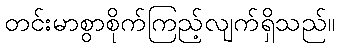
တင်းမာစွာစိုက်ကြည့်လျက်ရှိသည်။